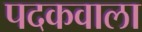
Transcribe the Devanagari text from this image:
पदकवाला